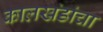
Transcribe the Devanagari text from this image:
कालखंडांचा